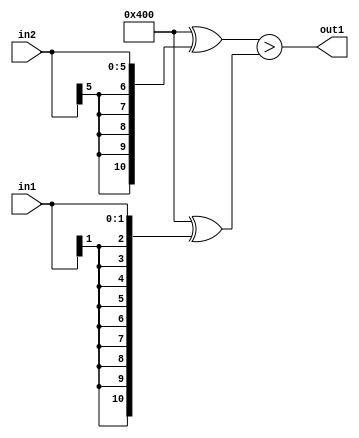
`timescale 1ps / 1ps
/*****************************************************************************
    Verilog RTL Description
    
    
    Created by: Stratus DpOpt 21.05.01 
*******************************************************************************/

module SobelFilter_GreaterThan_6Sx2S_1U_4 (
	in2,
	in1,
	out1
	); /* architecture "behavioural" */ 
input [5:0] in2;
input [1:0] in1;
output  out1;
wire  asc001;

assign asc001 = ((11'B10000000000 ^ {{5{in2[5]}}, in2})>(11'B10000000000 ^ {{9{in1[1]}}, in1}));

assign out1 = asc001;
endmodule

/* CADENCE  ubb0TA8= : u9/ySxbfrwZIxEzHVQQV8Q== ** DO NOT EDIT THIS LINE ******/